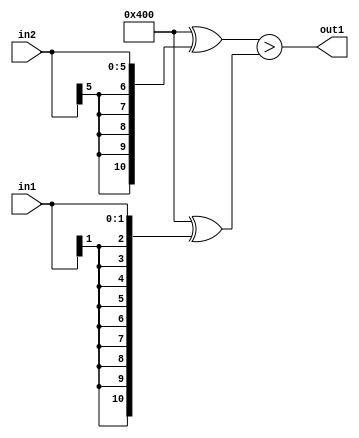
`timescale 1ps / 1ps
/*****************************************************************************
    Verilog RTL Description
    
    
    Created by: Stratus DpOpt 21.05.01 
*******************************************************************************/

module SobelFilter_GreaterThan_6Sx2S_1U_4 (
	in2,
	in1,
	out1
	); /* architecture "behavioural" */ 
input [5:0] in2;
input [1:0] in1;
output  out1;
wire  asc001;

assign asc001 = ((11'B10000000000 ^ {{5{in2[5]}}, in2})>(11'B10000000000 ^ {{9{in1[1]}}, in1}));

assign out1 = asc001;
endmodule

/* CADENCE  ubb0TA8= : u9/ySxbfrwZIxEzHVQQV8Q== ** DO NOT EDIT THIS LINE ******/